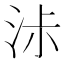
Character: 𰛧